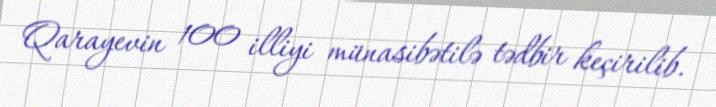
Qarayevin 100 illiyi münasibətilə tədbir keçirilib.